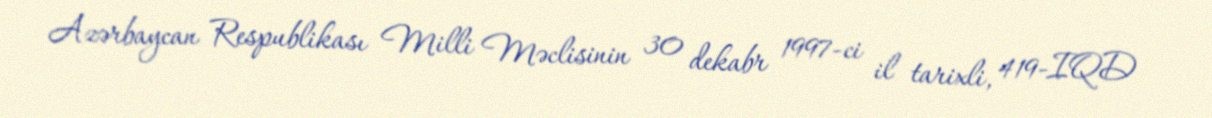
Azərbaycan Respublikası Milli Məclisinin 30 dekabr 1997-ci il tarixli, 419-IQD